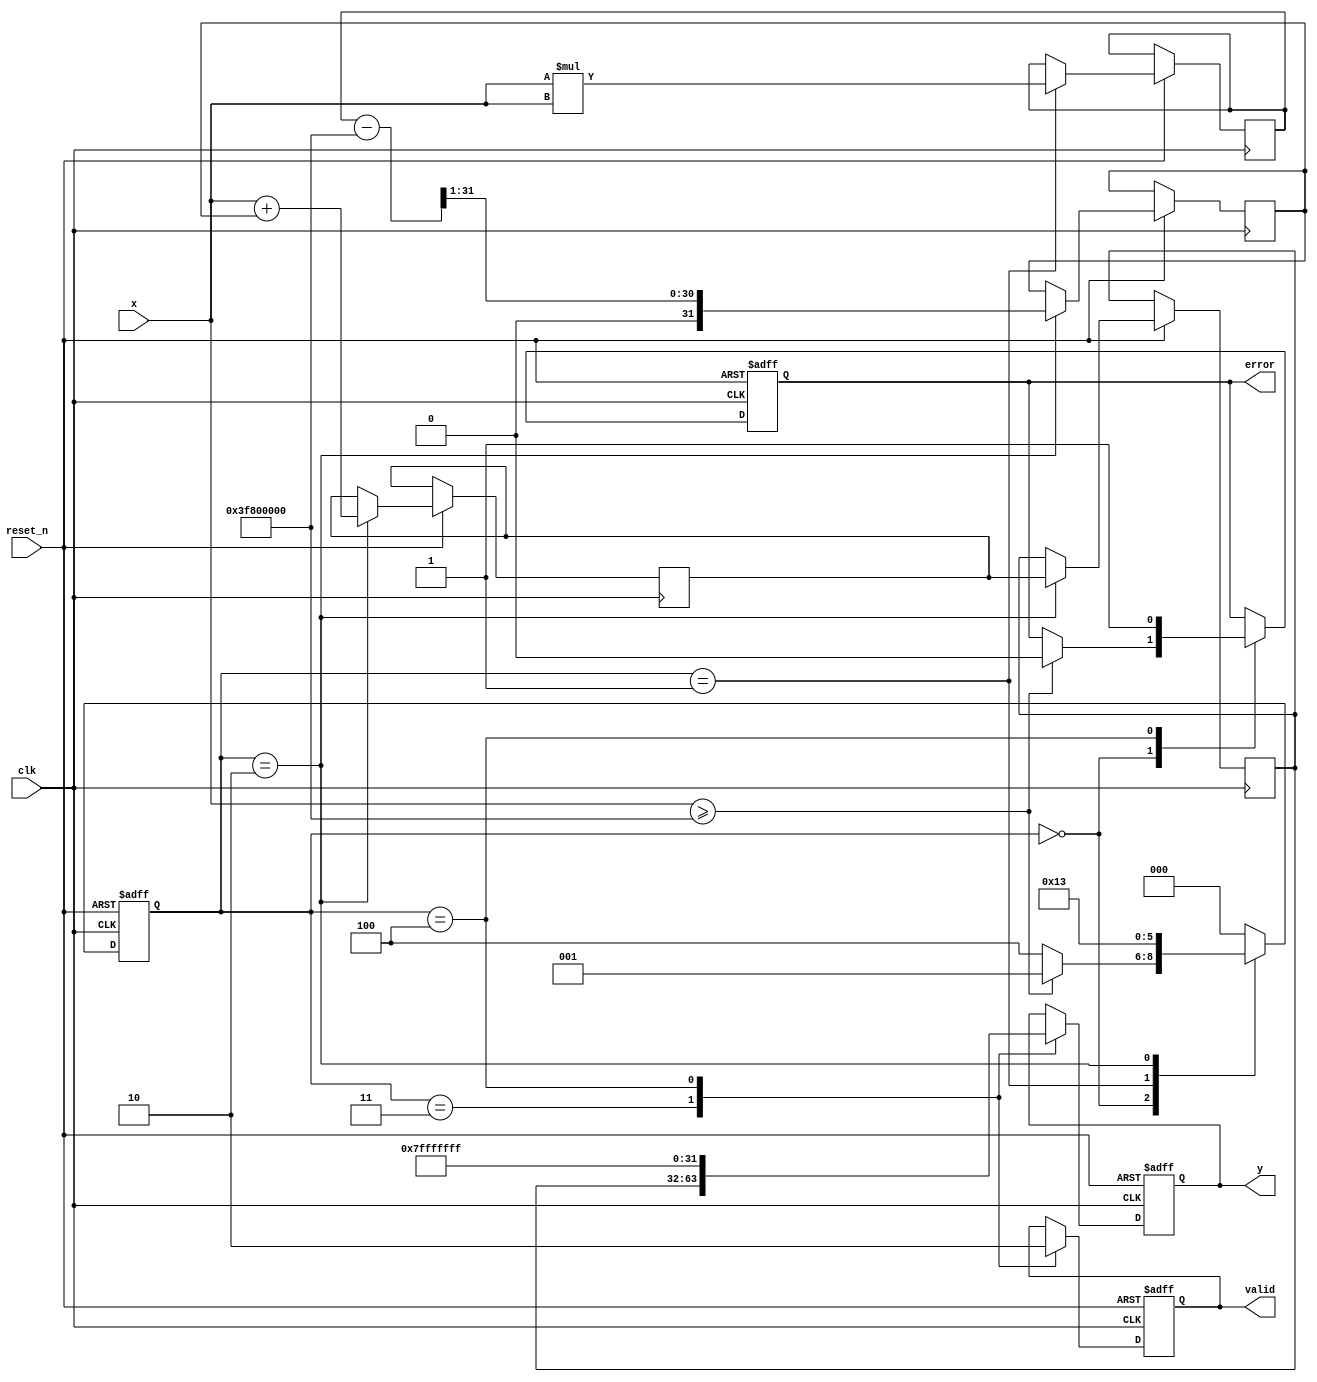
module acosh(
    input wire clk,
    input wire reset_n,
    input wire [31:0] x,        // Input signal (single-precision float)
    output reg [31:0] y,        // Output signal (single-precision float)
    output reg valid,           // Output valid signal
    output reg error            // Error signal
);

    // Internal signals
    reg [31:0] x_squared;
    reg [31:0] sqrt_x_squared_minus_1;
    reg [31:0] sum;
    reg [31:0] ln_result;
    reg [2:0] state;
    
    // State definitions
    localparam IDLE = 3'b000,
               VALIDATE = 3'b001,
               CALCULATE = 3'b010,
               OUTPUT = 3'b011,
               ERROR = 3'b100;

    // Simple approximation of sqrt and ln (for demonstration purposes)
    function [31:0] sqrt_approx(input [31:0] a);
        begin
            // Simple Newton's method or other approximation can be used
            sqrt_approx = a >> 1; // Placeholder for actual sqrt logic
        end
    endfunction

    function [31:0] ln_approx(input [31:0] a);
        begin
            // Simple logarithm approximation can be used
            ln_approx = a; // Placeholder for actual ln logic
        end
    endfunction

    // FSM for processing
    always @(posedge clk or negedge reset_n) begin
        if (!reset_n) begin
            state <= IDLE;
            y <= 32'b0;
            valid <= 1'b0;
            error <= 1'b0;
        end else begin
            case (state)
                IDLE: begin
                    if (x >= 32'h3F800000) begin // Check if x >= 1.0 (0x3F800000)
                        state <= VALIDATE;
                        error <= 1'b0;
                    end else begin
                        state <= ERROR;
                    end
                end

                VALIDATE: begin
                    // Compute x^2
                    x_squared <= x * x;
                    state <= CALCULATE;
                end

                CALCULATE: begin
                    // Compute sqrt(x^2 - 1)
                    sqrt_x_squared_minus_1 <= sqrt_approx(x_squared - 32'h3F800000); // 1.0 in float
                    // Compute sum
                    sum <= x + sqrt_x_squared_minus_1;
                    // Compute ln(sum)
                    ln_result <= ln_approx(sum);
                    state <= OUTPUT;
                end

                OUTPUT: begin
                    y <= ln_result;
                    valid <= 1'b1;
                    state <= IDLE;
                end

                ERROR: begin
                    y <= 32'h7FFFFFFF; // Return NaN or predefined output
                    error <= 1'b1;
                    valid <= 1'b0;
                    state <= IDLE;
                end

                default: state <= IDLE;
            endcase
        end
    end
endmodule